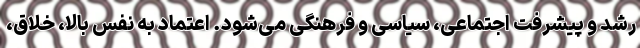
رشد و پیشرفت اجتماعی، سیاسی و فرهنگی می‌شود. اعتماد به نفس بالا، خلاق،